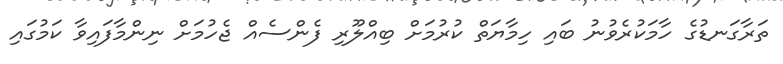
ތަރާގަނޑުގެ ހާމަކުރެވުނު ބައި ހިމާޔަތް ކުރުމަށް ބިއްލޫރި ފެންސެއް ޖެހުމަށް ނިންމާފައިވާ ކަމުގައި